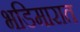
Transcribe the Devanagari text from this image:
भडिमारात